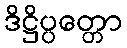
ဒိဋ္ဌိပ္ပတ္တော